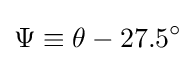
\Psi \equiv \theta -27.5^{\circ }